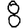
Digit: 8